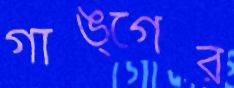
গাঙ্গের